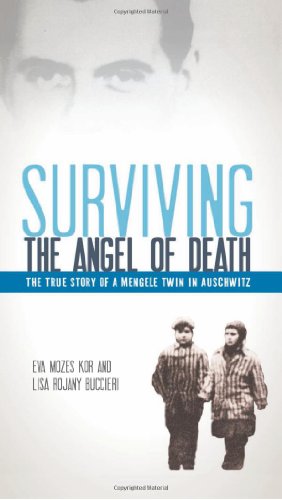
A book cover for Surviving the Angel of Death: The True Story of a Mengele Twin in Auschwitz; Eva Mozes Kor; Teen & Young Adult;